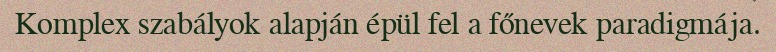
Komplex szabályok alapján épül fel a főnevek paradigmája.